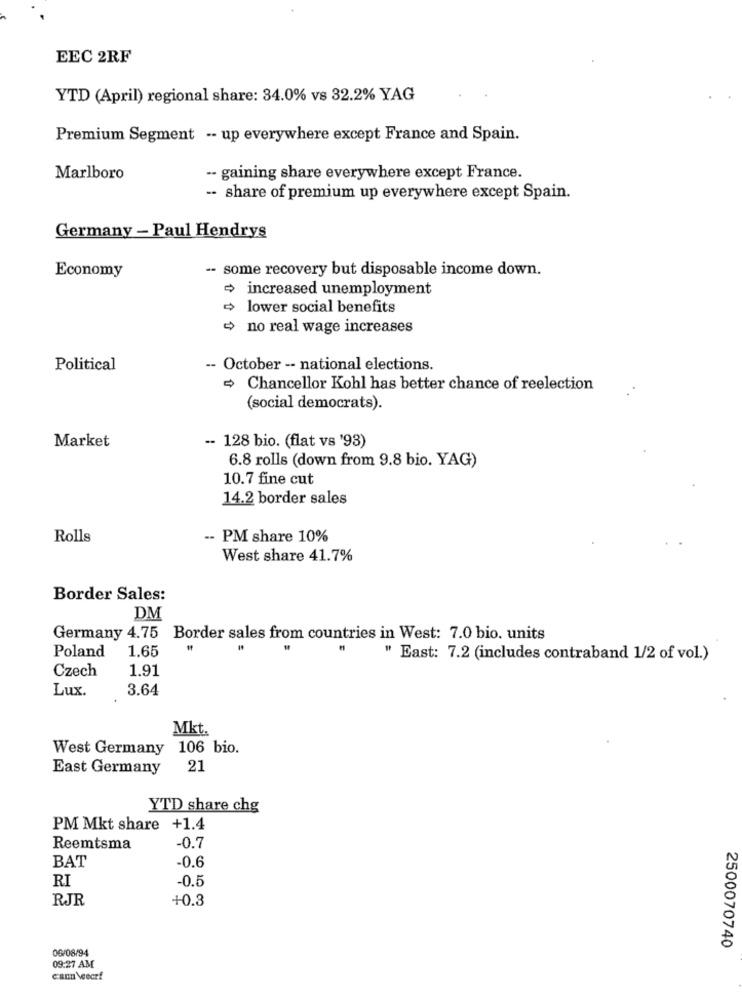
EEC 2RF
YTD (April) regional share: 34.0% vs 32.2% YAG
Premium Segment -- up everywhere except France and Spain.
Marlboro
-- gaining share everywhere except France.
-- share of premium up everywhere except Spain.
Germany - Paul Hendrys
Economy
-- some recovery but disposable income down.
increased unemployment
lower social benefits
no real wage increases
Political
-- October -- national elections.
Chancellor Kohl has better chance of reelection
(social democrats).
-- 128 bio. (flat vs '93)
Market
6.8 rolls (down from 9.8 bio. YAG)
10.7 fine cut
14.2 border sales
Rolls
-- PM share 10%
West share 41.7%
Border Sales:
DM
Germany 4.75 Border sales from countries in West: 7.0 bio. units
Poland
1.65
" East: 7.2 (includes contraband 1/2 of vol.)
Czech
1.91
Lux.
3.64
Mkt.
West Germany 106 bio.
East Germany
21
YTD share chg
PM Mkt share +1.4
Reemtsma
-0.7
BAT
-0.6
RI
-0.5
RJR
+0.3
0G/08/94
2500070740
09:27 AM
cann \eecrf